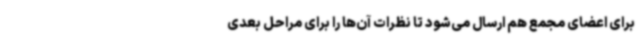
برای اعضای مجمع هم ارسال می‌شود تا نظرات آن‌ها را برای مراحل بعدی